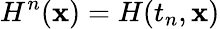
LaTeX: H^{n}(\mathbf{x})=H(t_{n},\mathbf{x})